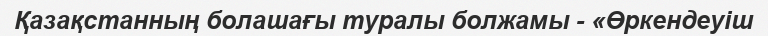
Қазақстанның болашағы туралы болжамы - «Өркендеуіш